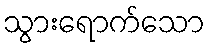
သွားရောက်သော